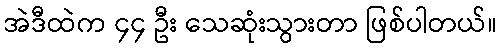
အဲဒီထဲက ၄၄ ဦး သေဆုံးသွားတာ ဖြစ်ပါတယ်။